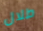
طلال